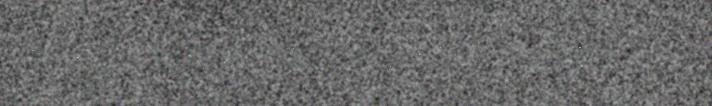
viktig under villreinfangsten,